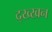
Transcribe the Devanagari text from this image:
द्ख्खन